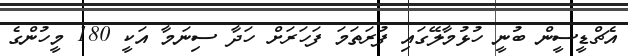
އެޗްޑީސީން ބުނީ ހުޅުމާލޭގައި ފުރަތަމަ ފަހަރަށް ހަދާ ސިނަމާ އަކީ 180 މީހުންގެ